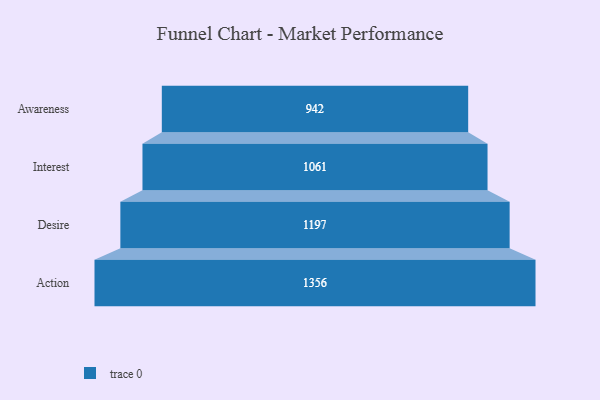
{"axis": {"x": "Stage", "y": "Value"}, "legend": [""], "data": [{"x": "Awareness", "y": 942.0, "type": ""}, {"x": "Interest", "y": 1061.0, "type": ""}, {"x": "Desire", "y": 1197.0, "type": ""}, {"x": "Action", "y": 1356.0, "type": ""}]}